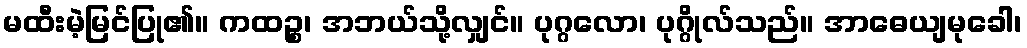
မထီးမဲ့မြင်ပြု၏။ ကထဉ္စ၊ အဘယ်သို့လျှင်။ ပုဂ္ဂလော၊ ပုဂ္ဂိုလ်သည်။ အာဓေယျမုခေါ၊